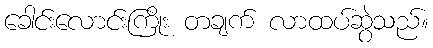
ခေါင်းလောင်းကြိုး တချက် လာထပ်ဆွဲသည်။